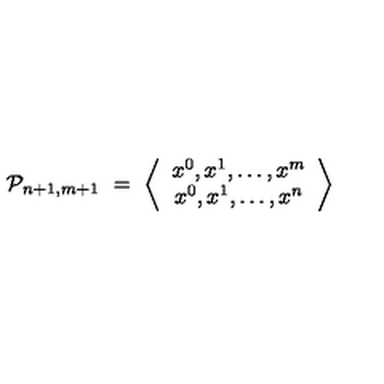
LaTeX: { \cal P } _ { n + 1 , m + 1 } \ = \ \left\langle \begin{array} { c } { x ^ { 0 } , x ^ { 1 } , \dots , x ^ { m } } \\ { x ^ { 0 } , x ^ { 1 } , \dots , x ^ { n } } \\ \end{array} \right\rangle